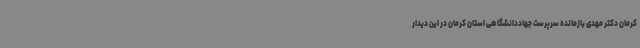
کرمان دکتر مهدی بازمانده سرپرست جهاددانشگاهی استان کرمان در این دیدار